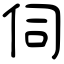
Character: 伺